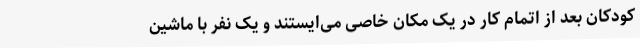
کودکان بعد از اتمام کار در یک‌ مکان خاصی می‌ایستند و یک نفر با ماشین